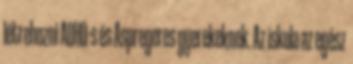
létrehozni ADHD-s és Aspregeres gyerekeknek. Az iskola az egész